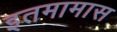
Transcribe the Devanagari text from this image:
इतमामास